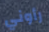
رأوني